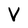
Character: V